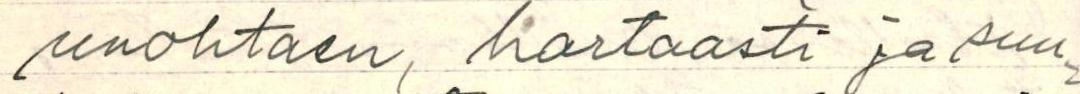
unohtaen, hartaasti ja suu-